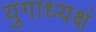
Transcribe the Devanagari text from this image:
युगाध्यक्षं